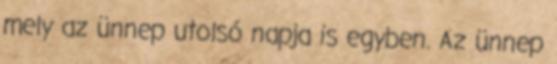
mely az ünnep utolsó napja is egyben. Az ünnep